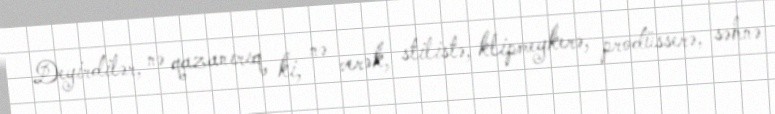
Deyirdilər, nə qazanırıq ki, nə verək, stilistə, klipmeykerə, prodüsserə, səhnə